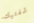
شفتيك